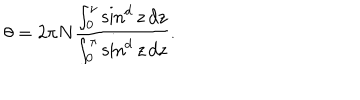
\theta = 2 \pi N \frac { \int _ { 0 } ^ { \nu } \sin ^ { d } z \, d z } { \int _ { 0 } ^ { \pi } \sin ^ { d } z \, d z } .